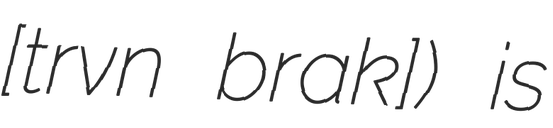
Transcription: [t͡ʃɛrˈvɛn ˌbrʲak]) is